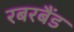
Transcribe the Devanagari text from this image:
रबरबैंड